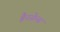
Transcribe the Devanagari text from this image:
हैनसेन्स